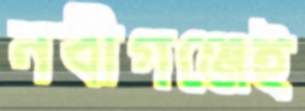
নবীগঞ্জেই